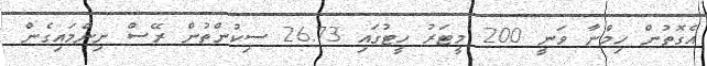
އެގޮތުން ހިމްނާ ވަނީ 200 މީޓަރު ހީޓުގައި 26.73 ސިކުންތުން ރޭސް ނިންމައިގެން